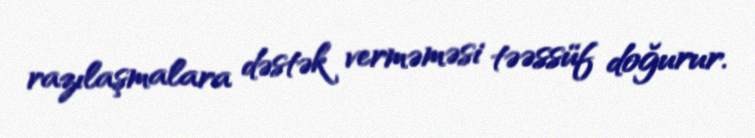
razılaşmalara dəstək verməməsi təəssüf doğurur.